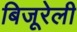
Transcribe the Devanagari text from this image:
बिजूरेली